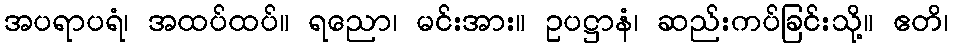
အပရာပရံ၊ အထပ်ထပ်။ ရညော၊ မင်းအား။ ဥပဋ္ဌာနံ၊ ဆည်းကပ်ခြင်းသို့။ ဧတိ၊